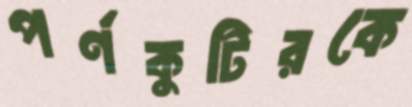
পর্ণকুটিরকে